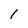
Character: 1